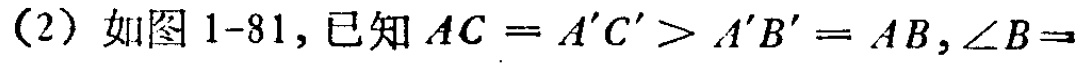
(2) 如图1-81, 已知 \(AC = A'C' > A'B' = AB,\angle B =\)